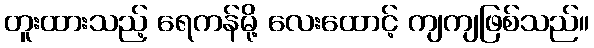
တူးထားသည့် ရေကန်မို့ လေးထောင့် ကျကျဖြစ်သည်။